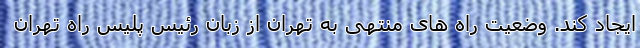
ایجاد کند. وضعیت راه های منتهی به تهران از زبان رئیس پلیس راه تهران